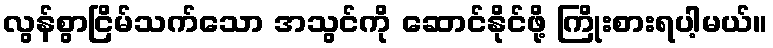
လွန်စွာငြိမ်သက်သော အသွင်ကို ဆောင်နိုင်ဖို့ ကြိုးစားရပါ့မယ်။